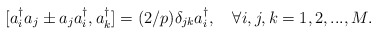
\begin{align*}[a^{\dagger}_ia_j \pm a_ja^{\dagger}_i,a^{\dagger}_k]=(2/p) \delta_{jk}a^{\dagger}_i ,\quad \forall i,j,k =1,2,...,M .\end{align*}